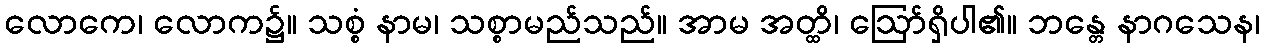
လောကေ၊ လောက၌။ သစ္စံ နာမ၊ သစ္စာမည်သည်။ အာမ အတ္ထိ၊ ဩော်ရှိပါ၏။ ဘန္တေ နာဂသေန၊